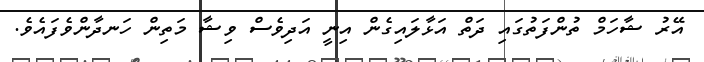
އޭރު ޝާހަމް ތުންފަތުގައި ދަތް އަޅާލައިގެން އިނީ އަދިވެސް ވިޝާ މަތިން ހަނދާންވެފައެވެ.